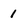
Character: 1